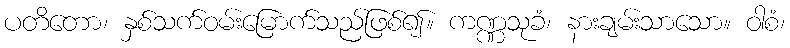
ပတိတော၊ နှစ်သက်ဝမ်းမြောက်သည်ဖြစ်၍။ ကဏ္ဏသုခံ၊ နားချမ်းသာသော။ ဝါစံ၊